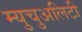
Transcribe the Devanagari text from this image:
म्युचुअलिटी